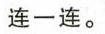
连一连。